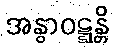
အနွာဝဋ္ဋန္တိ